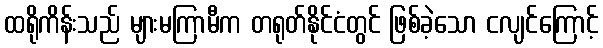
ထရိုကိန်းသည် များမကြာမီက တရုတ်နိုင်ငံတွင် ဖြစ်ခဲ့သော ငလျင်ကြောင့်